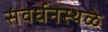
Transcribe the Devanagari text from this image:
संवर्धनस्थळे